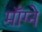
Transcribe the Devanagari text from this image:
माँग्ने